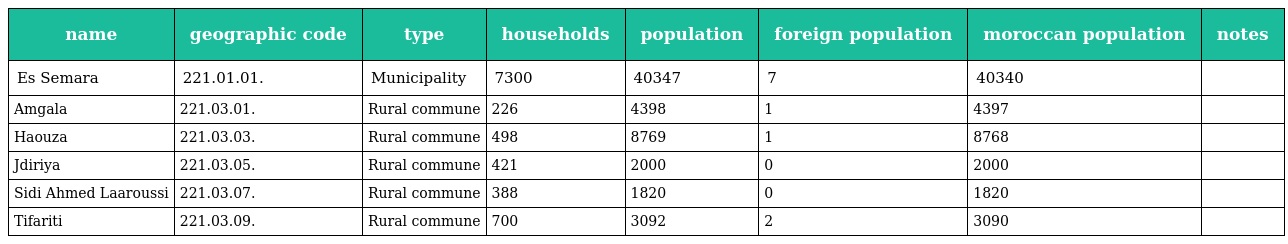
| name | geographic code | type | households | population | foreign population | moroccan population | notes |
 | --- | --- | --- | --- | --- | --- | --- | --- |
 | Es Semara | 221.01.01. | Municipality | 7300 | 40347 | 7 | 40340 |  |
 | Amgala | 221.03.01. | Rural commune | 226 | 4398 | 1 | 4397 |  |
 | Haouza | 221.03.03. | Rural commune | 498 | 8769 | 1 | 8768 |  |
 | Jdiriya | 221.03.05. | Rural commune | 421 | 2000 | 0 | 2000 |  |
 | Sidi Ahmed Laaroussi | 221.03.07. | Rural commune | 388 | 1820 | 0 | 1820 |  |
 | Tifariti | 221.03.09. | Rural commune | 700 | 3092 | 2 | 3090 |  |